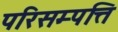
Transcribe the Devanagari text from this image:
परिसम्‍पत्ति